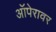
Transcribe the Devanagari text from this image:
ऑपेरावर